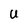
Character: U